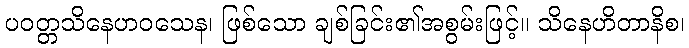
ပဝတ္တသိနေဟဝသေန၊ ဖြစ်သော ချစ်ခြင်း၏အစွမ်းဖြင့်။ သိနေဟိတာနိစ၊